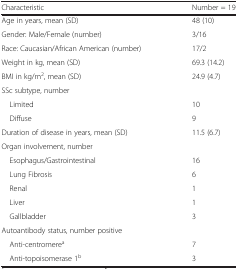
<table><thead><tr><td><b>Characteristic</b></td><td><b>Number = 19</b></td></tr></thead><tbody><tr><td>Age in years, mean (SD)</td><td>48 (10)</td></tr><tr><td>Gender: Male/Female (number)</td><td>3/16</td></tr><tr><td>Race: Caucasian/African American (number)</td><td>17/2</td></tr><tr><td>Weight in kg, mean (SD)</td><td>69.3 (14.2)</td></tr><tr><td>BMI in kg/m<sup>2</sup>, mean (SD)</td><td>24.9 (4.7)</td></tr><tr><td>SSc subtype, numberLimitedDiffuse</td><td>109</td></tr><tr><td>Duration of disease in years, mean (SD)</td><td>11.5 (6.7)</td></tr><tr><td>Organ involvement, numberEsophagus/GastrointestinalLung FibrosisRenalLiverGallbladder</td><td>166113</td></tr><tr><td>Autoantibody status, number positiveAnti-centromere<sup>a</sup>Anti-topoisomerase 1<sup>b</sup></td><td>73</td></tr></tbody></table>